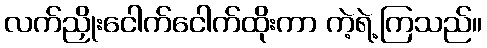
လက်ညှိုးငေါက်ငေါက်ထိုးကာ ကဲ့ရဲ့ကြသည်။